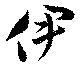
伊